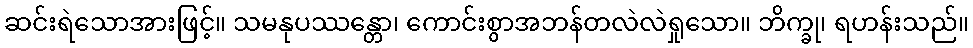
ဆင်းရဲသောအားဖြင့်။ သမနုပဿန္တော၊ ကောင်းစွာအဘန်တလဲလဲရှုသော။ ဘိက္ခု၊ ရဟန်းသည်။